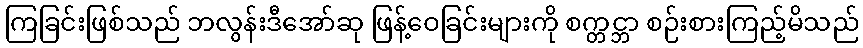
ကြခြင်းဖြစ်သည် ဘလွန်းဒီအော်ဆု ဖြန့်ဝေခြင်းများကို စက္တင္ဘာ စဉ်းစားကြည့်မိသည်